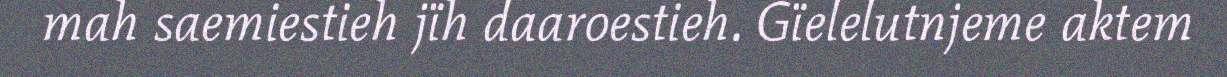
mah saemiestieh jïh daaroestieh. Gïelelutnjeme aktem